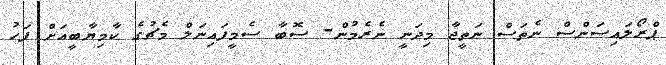
ޕްރޯލައިސަންސް ނެތަސް ނަތީޖާ މިދަނީ ނެރެމުން- ސޮބާ ސެމީފައިނަލް މެޗުގެ ކާމިޔާބީއަށް ފަހު